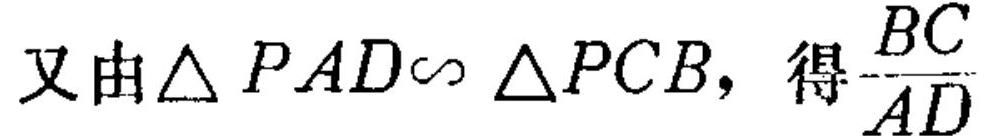
又由$\triangle PAD\sim \triangle PCB$，得$\dfrac{BC}{AD}$